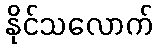
နိုင်သလောက်